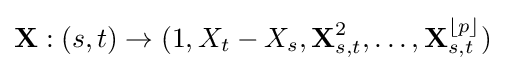
\mathbf {X} :(s,t)\rightarrow (1,X_{t}-X_{s},\mathbf {X} _{s,t}^{2},\ldots ,\mathbf {X} _{s,t}^{\lfloor p\rfloor })